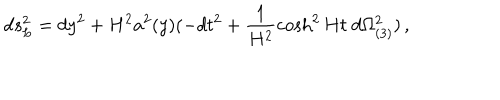
LaTeX: d s _ { L } ^ { 2 } = d y ^ { 2 } + H ^ { 2 } a ^ { 2 } ( y ) ( - d t ^ { 2 } + \frac { 1 } { H ^ { 2 } } \cosh ^ { 2 } H t \; d \Omega _ { ( 3 ) } ^ { 2 } ) \, ,